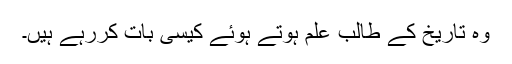
وہ تاریخ کے طالب علم ہوتے ہوئے کیسی بات کررہے ہیں۔